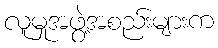
လူမှုအဖွဲ့အစည်းများက